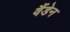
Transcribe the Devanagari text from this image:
वैंडेन